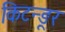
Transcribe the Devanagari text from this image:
किटन्ङूर